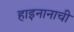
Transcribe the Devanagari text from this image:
हाइनानाची